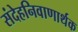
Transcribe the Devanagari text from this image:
संदेहनिवाणार्थक